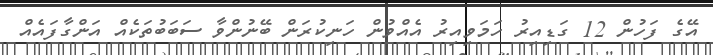
އޭގެ ފަހުން 12 ގަޑިއިރު ހަމަވިއިރު އެއްވުން ހަނިކުރަން ބޭނުންވާ ސަބަބުތަކެއް އަންގާފައެއް